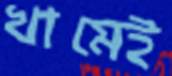
খামেই